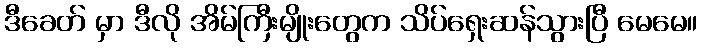
ဒီခေတ် မှာ ဒီလို အိမ်ကြီးမျိုးတွေက သိပ်ရှေးဆန်သွားပြီ မေမေ။